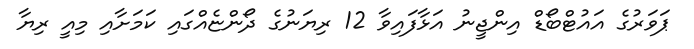
ޕަވަރުގެ އައުޓްބޯޑް އިންޖީނު އަޅާފައިވާ 12 ރިޔަނުގެ ދޯންޏެއްގައި ކަމަށާއި މިއީ ރިޔާ